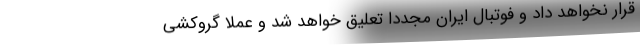
قرار نخواهد داد و فوتبال ایران مجددا تعلیق خواهد شد و عملا گروکشی